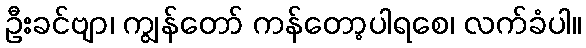
ဦးခင်ဗျာ၊ ကျွန်တော် ကန်တော့ပါရစေ၊ လက်ခံပါ။